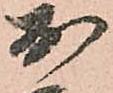
於